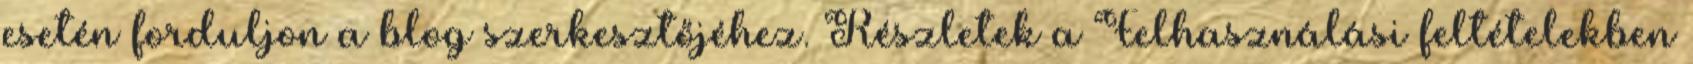
esetén forduljon a blog szerkesztőjéhez. Részletek a Felhasználási feltételekben